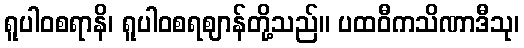
ရူပါဝစရာနိ၊ ရူပါဝစရဈာန်တို့သည်။ ပထဝီကသိဏာဒီသု၊